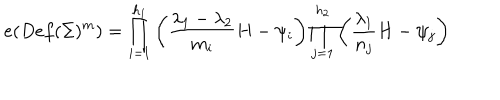
e ( D e f ( \Sigma ) ^ { m } ) = \prod _ { i = 1 } ^ { h _ { 1 } } \left( { \frac { \lambda _ { 1 } - \lambda _ { 2 } } { m _ { i } } } H - \psi _ { i } \right) \prod _ { j = 1 } ^ { h _ { 2 } } \left( { \frac { \lambda _ { 1 } } { n _ { j } } } H - \psi _ { j } \right)